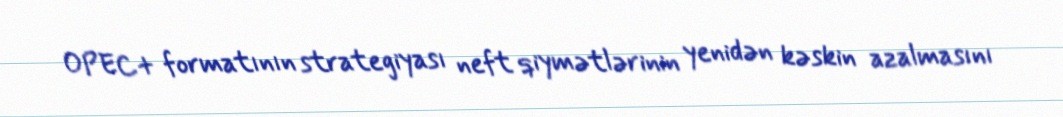
OPEC+ formatının strategiyası neft qiymətlərinin yenidən kəskin azalmasını